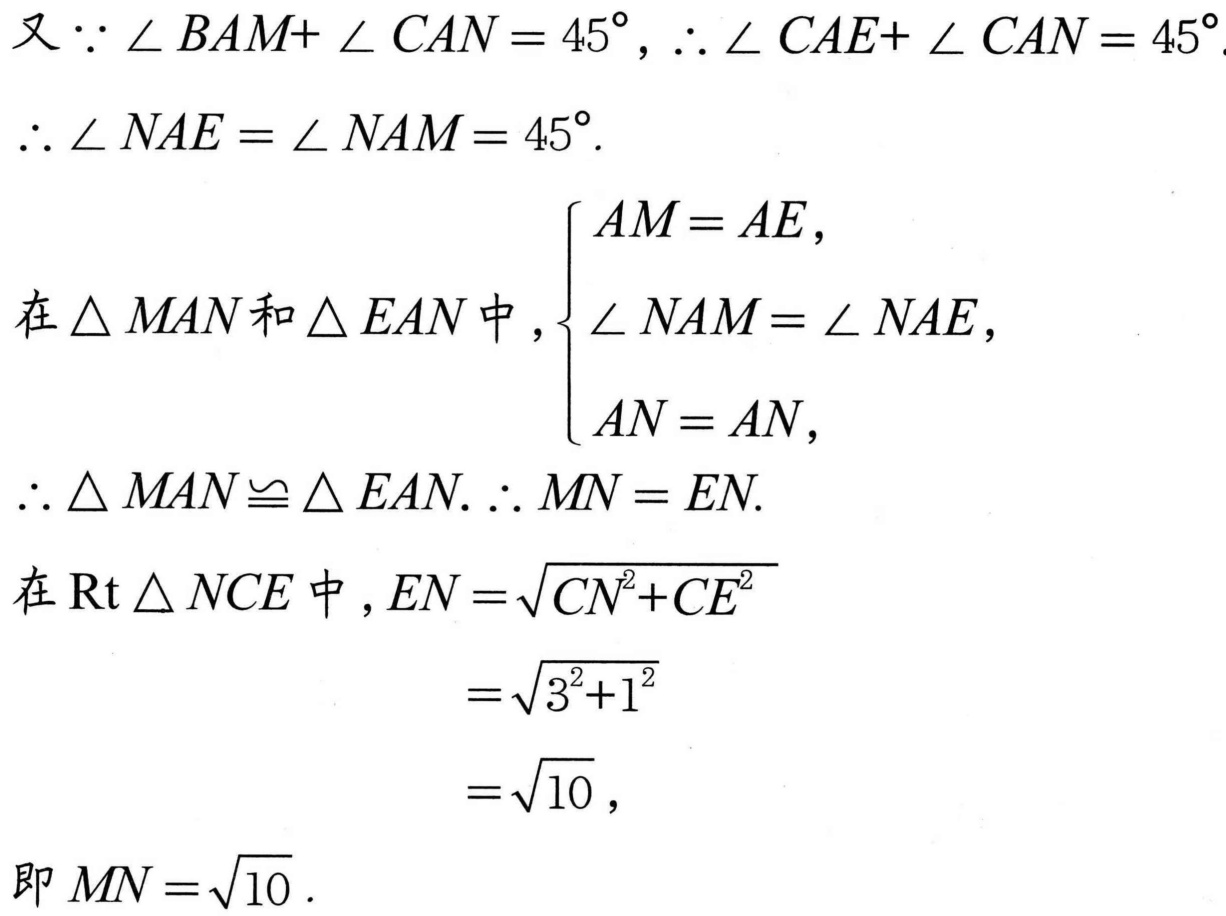
又$\because\angle BAM + \angle CAN = 45^{\circ}$，$\therefore\angle CAE+\angle CAN = 45^{\circ}$.
$\therefore\angle NAE=\angle NAM = 45^{\circ}$.

在$\triangle MAN$和$\triangle EAN$中，$\begin{cases}AM = AE,\\\angle NAM=\angle NAE,\\AN = AN,\end{cases}$
$\therefore\triangle MAN\cong\triangle EAN.\therefore MN = EN.$

在$\text{Rt}\triangle NCE$中，$EN=\sqrt{CN^{2}+CE^{2}}$
$=\sqrt{3^{2}+1^{2}}$
$=\sqrt{10}$，
即$MN=\sqrt{10}$.